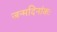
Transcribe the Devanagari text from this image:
जन्मदिनांकः